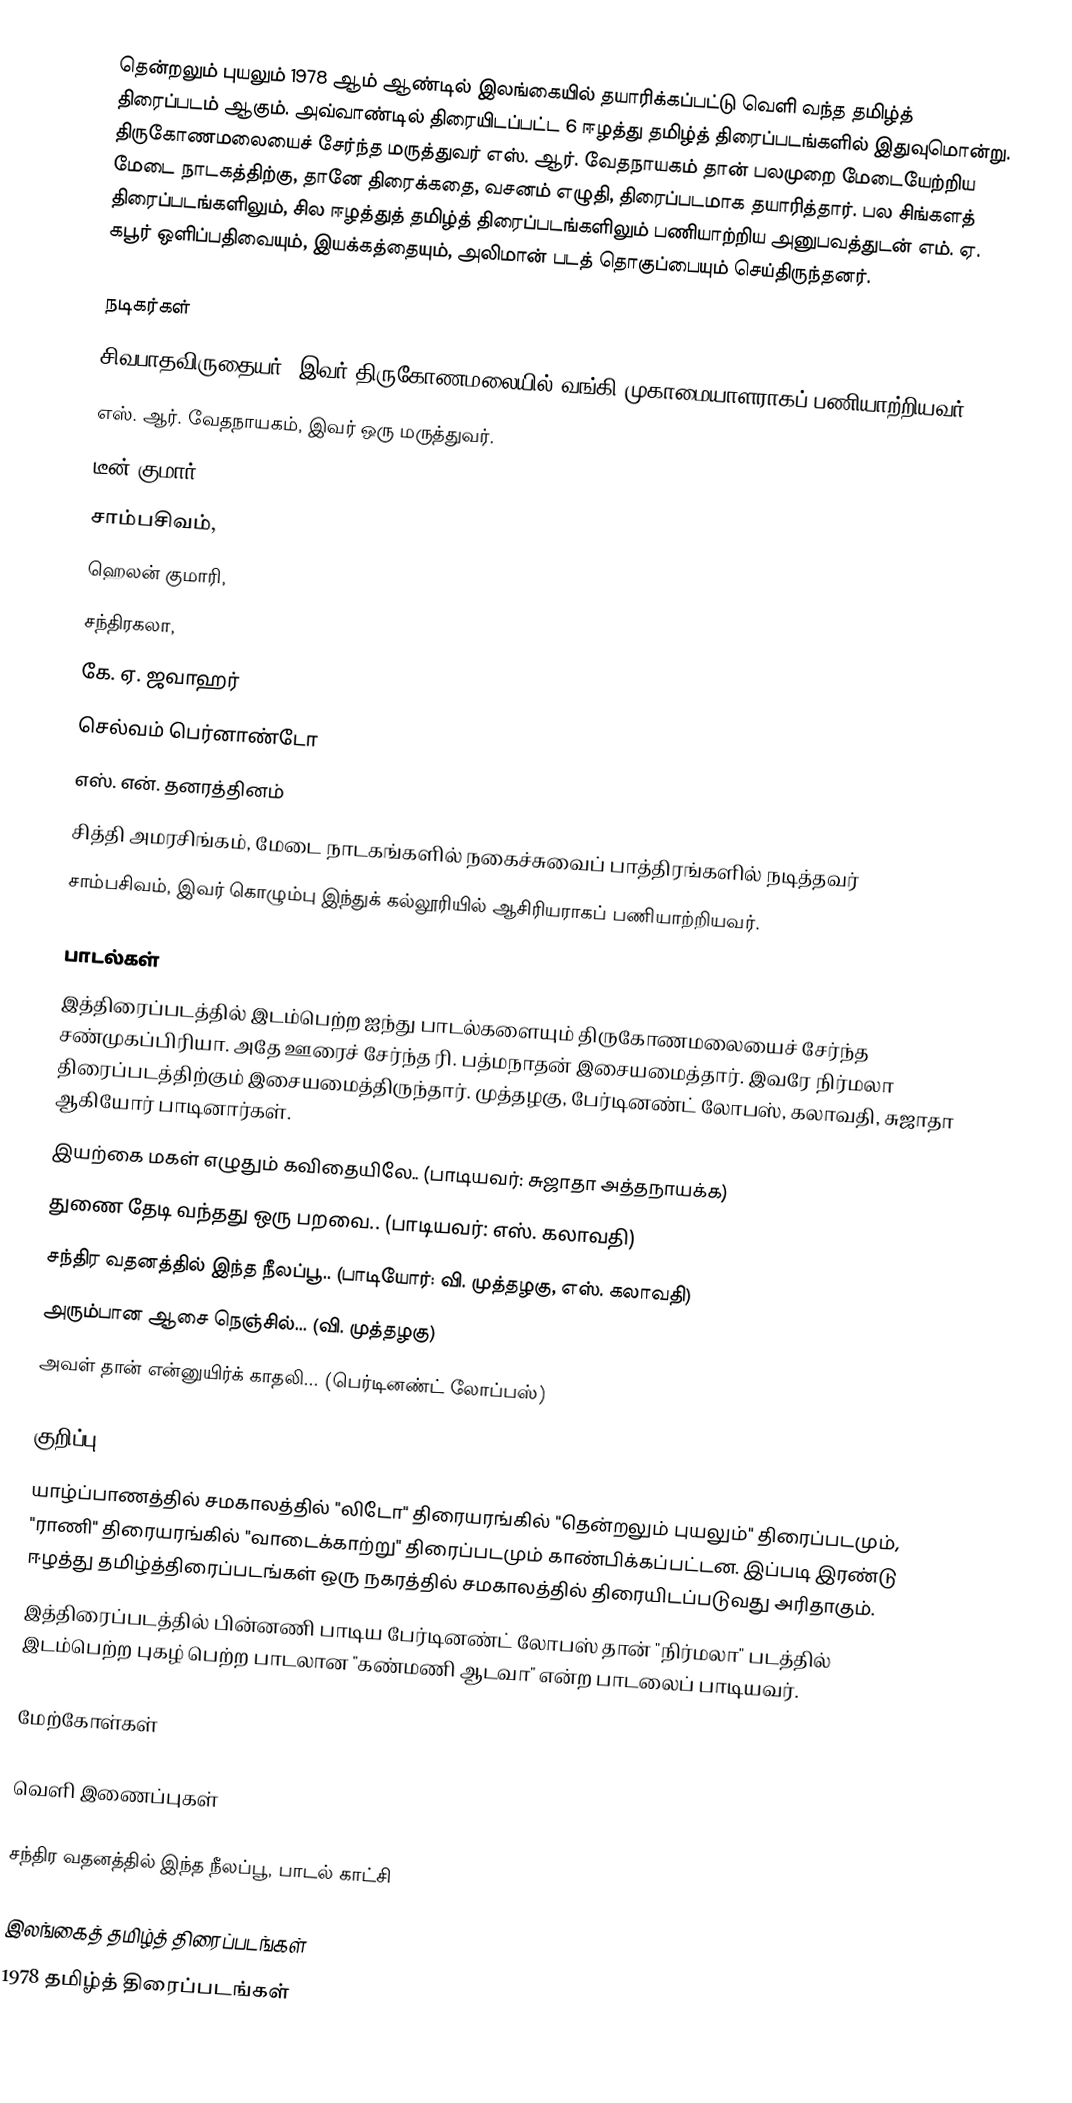
தென்றலும் புயலும் 1978 ஆம் ஆண்டில் இலங்கையில் தயாரிக்கப்பட்டு வெளி வந்த தமிழ்த் திரைப்படம் ஆகும். அவ்வாண்டில் திரையிடப்பட்ட 6 ஈழத்து தமிழ்த் திரைப்படங்களில் இதுவுமொன்று. திருகோணமலையைச் சேர்ந்த மருத்துவர் எஸ். ஆர். வேதநாயகம் தான் பலமுறை மேடையேற்றிய மேடை நாடகத்திற்கு, தானே திரைக்கதை, வசனம் எழுதி, திரைப்படமாக தயாரித்தார். பல சிங்களத் திரைப்படங்களிலும், சில ஈழத்துத் தமிழ்த் திரைப்படங்களிலும் பணியாற்றிய அனுபவத்துடன் எம். ஏ. கபூர் ஒளிப்பதிவையும், இயக்கத்தையும், அலிமான் படத் தொகுப்பையும் செய்திருந்தனர்.

நடிகர்கள்
சிவபாதவிருதையர், இவர் திருகோணமலையில் வங்கி முகாமையாளராகப் பணியாற்றியவர்.
எஸ். ஆர். வேதநாயகம், இவர் ஒரு மருத்துவர்.
டீன் குமார்,
சாம்பசிவம்,
ஹெலன் குமாரி,
சந்திரகலா,
கே. ஏ. ஜவாஹர்
செல்வம் பெர்னாண்டோ
எஸ். என். தனரத்தினம்
சித்தி அமரசிங்கம், மேடை நாடகங்களில் நகைச்சுவைப் பாத்திரங்களில் நடித்தவர்
சாம்பசிவம், இவர் கொழும்பு இந்துக் கல்லூரியில் ஆசிரியராகப் பணியாற்றியவர்.

பாடல்கள்
இத்திரைப்படத்தில் இடம்பெற்ற ஐந்து பாடல்களையும் திருகோணமலையைச் சேர்ந்த சண்முகப்பிரியா. அதே ஊரைச் சேர்ந்த ரி. பத்மநாதன் இசையமைத்தார். இவரே நிர்மலா திரைப்படத்திற்கும் இசையமைத்திருந்தார். முத்தழகு, பேர்டினண்ட் லோபஸ், கலாவதி, சுஜாதா ஆகியோர் பாடினார்கள்.
இயற்கை மகள் எழுதும் கவிதையிலே.. (பாடியவர்: சுஜாதா அத்தநாயக்க)
துணை தேடி வந்தது ஒரு பறவை.. (பாடியவர்: எஸ். கலாவதி)
சந்திர வதனத்தில் இந்த நீலப்பூ.. (பாடியோர்: வி. முத்தழகு, எஸ். கலாவதி)
அரும்பான ஆசை நெஞ்சில்... (வி. முத்தழகு)
அவள் தான் என்னுயிர்க் காதலி... (பெர்டினண்ட் லோப்பஸ்)

குறிப்பு
 யாழ்ப்பாணத்தில் சமகாலத்தில் "லிடோ" திரையரங்கில் "தென்றலும் புயலும்" திரைப்படமும், "ராணி" திரையரங்கில் "வாடைக்காற்று" திரைப்படமும் காண்பிக்கப்பட்டன. இப்படி இரண்டு ஈழத்து தமிழ்த்திரைப்படங்கள் ஒரு நகரத்தில் சமகாலத்தில் திரையிடப்படுவது அரிதாகும்.
 இத்திரைப்படத்தில் பின்னணி பாடிய பேர்டினண்ட் லோபஸ் தான் "நிர்மலா" படத்தில் இடம்பெற்ற புகழ் பெற்ற பாடலான "கண்மணி ஆடவா" என்ற பாடலைப் பாடியவர்.

மேற்கோள்கள்

வெளி இணைப்புகள்

சந்திர வதனத்தில் இந்த நீலப்பூ, பாடல் காட்சி

இலங்கைத் தமிழ்த் திரைப்படங்கள்
1978 தமிழ்த் திரைப்படங்கள்